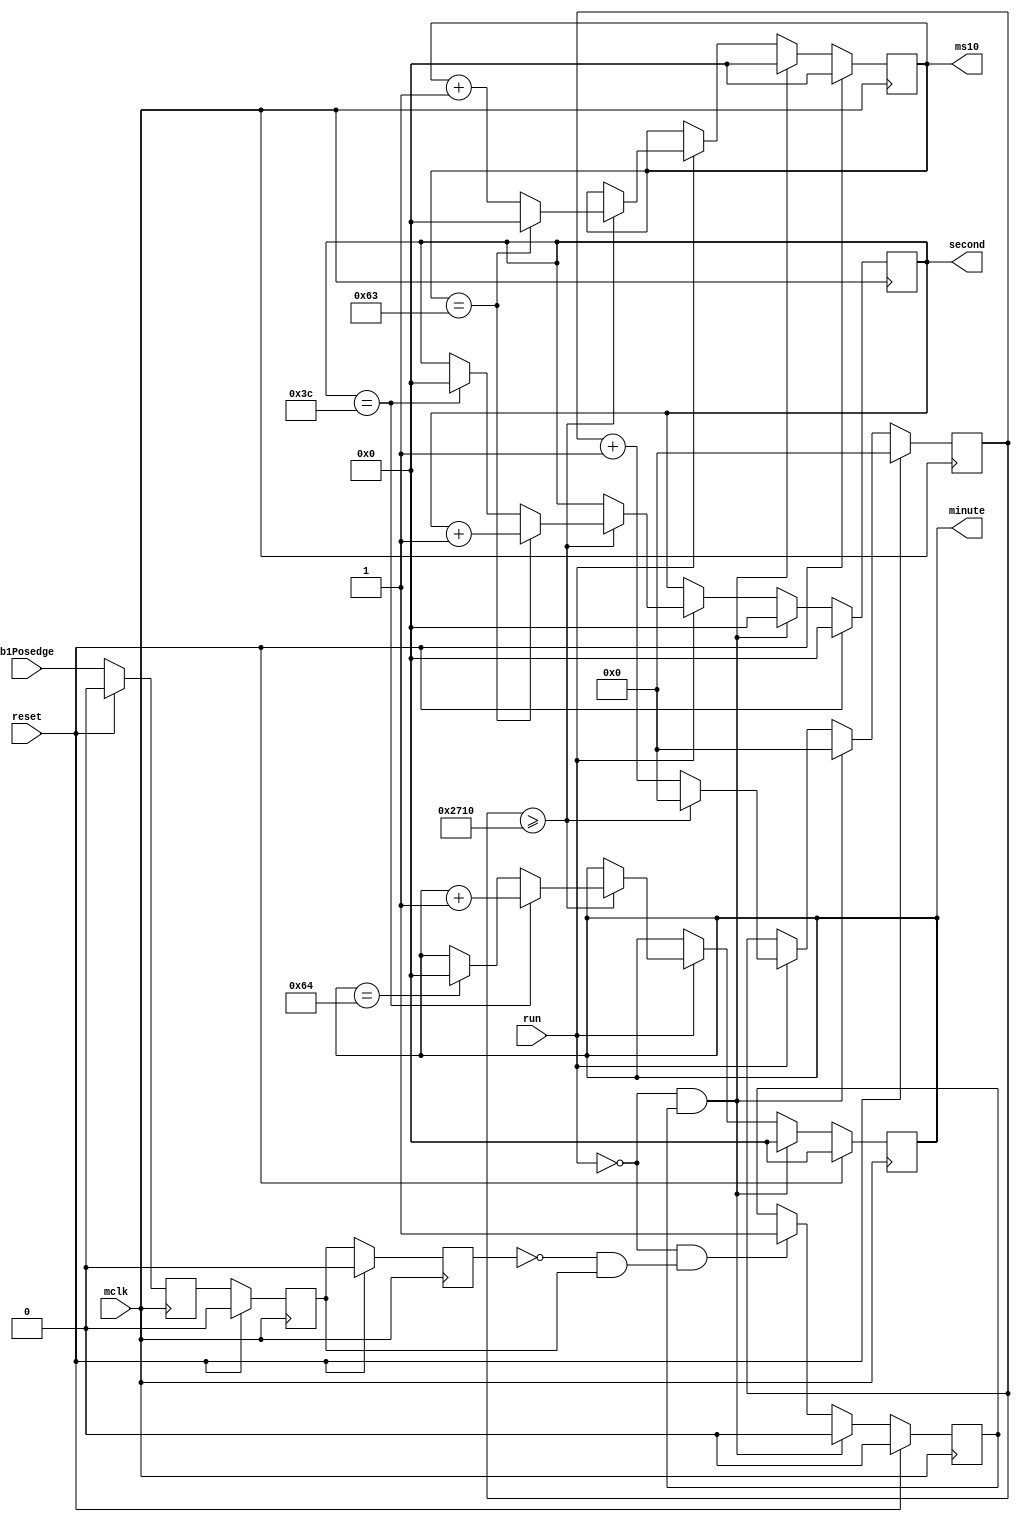
module timer
(
	input mclk,
	input reset,
	
	input run,
	input b1Posedge,
	
	output reg [7:0] minute = 8'b0,
	output reg [7:0] second = 8'b0,
	output reg [7:0] ms10 = 8'b0
);

//,  
reg b1Delayed0 = 1'b0;
reg b1Delayed1 = 1'b0;
reg b1Delayed2 = 1'b0;
wire posedgeDetect1;

//positive edge 
assign posedgeDetect1 = ~b1Delayed2 & b1Delayed1;
//positive edge  end

//RESET  
reg resetState = 1'b0;

//
reg [19:0] clk100hz = 20'h0_0000;

always @(posedge mclk)
begin
	if(reset == 1'b1) // 
	begin
		b1Delayed0 = 1'b0;
		b1Delayed1 = 1'b0;
		b1Delayed2 = 1'b0;
	
		resetState = 1'b0;
		
		clk100hz = 20'h0_0000;
	
		minute[7:0] <= 8'b0000_0000;
		second[7:0] <= 8'b0000_0000;
		ms10[7:0] <= 8'b0000_0000;
	end
	else
	begin
		//,  
		b1Delayed0 <= b1Posedge;
		b1Delayed1 <= b1Delayed0;
		b1Delayed2 <= b1Delayed1;
		//,   end
		if((run == 1'b0) && posedgeDetect1)
		begin
			resetState <= 1'b1;
		end
	
		if((run == 1'b0) && (resetState == 1'b1)) //RESET 
		begin
			minute[7:0] <= 8'b0000_0000;
			second[7:0] <= 8'b0000_0000;
			ms10[7:0] <= 8'b0000_0000;
			resetState <= 1'b0;
			clk100hz <= 20'h0_0000;
		end
		else if(run == 1'b1)//RUN 
		begin
			clk100hz <= clk100hz + 20'h0_0001;
			if(clk100hz >= 20'h0_2710) //  2710,  3E8, 0.01
			begin
				clk100hz <= 20'h0_0000;
				if(minute == 8'b0110_0100) //100
				begin
					minute[7:0] <= 8'b0000_0000;
				end
				
				if(second == 8'b0011_1100) //60
				begin
					minute[7:0] <= minute[7:0] + 8'b1;
					second[7:0] <= 8'b0000_0000;
				end
				
				if(ms10 == 8'b0110_0011) //99
				begin
					second[7:0] <= second[7:0] + 8'b1;
					ms10[7:0] <= 8'b0000_0000;
				end
				else
				begin
					ms10[7:0] <= ms10[7:0] + 8'b1;
				end
			end
		end
	end
end

endmodule